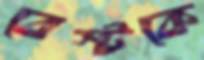
বেস্টকে